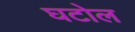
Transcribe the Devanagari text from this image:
घटोल